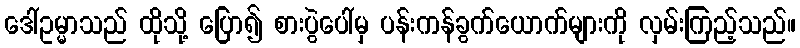
ဒေါ်ဥမ္မာသည် ထိုသို့ ပြော၍ စားပွဲပေါ်မှ ပန်းကန်ခွက်ယောက်များကို လှမ်းကြည့်သည်။